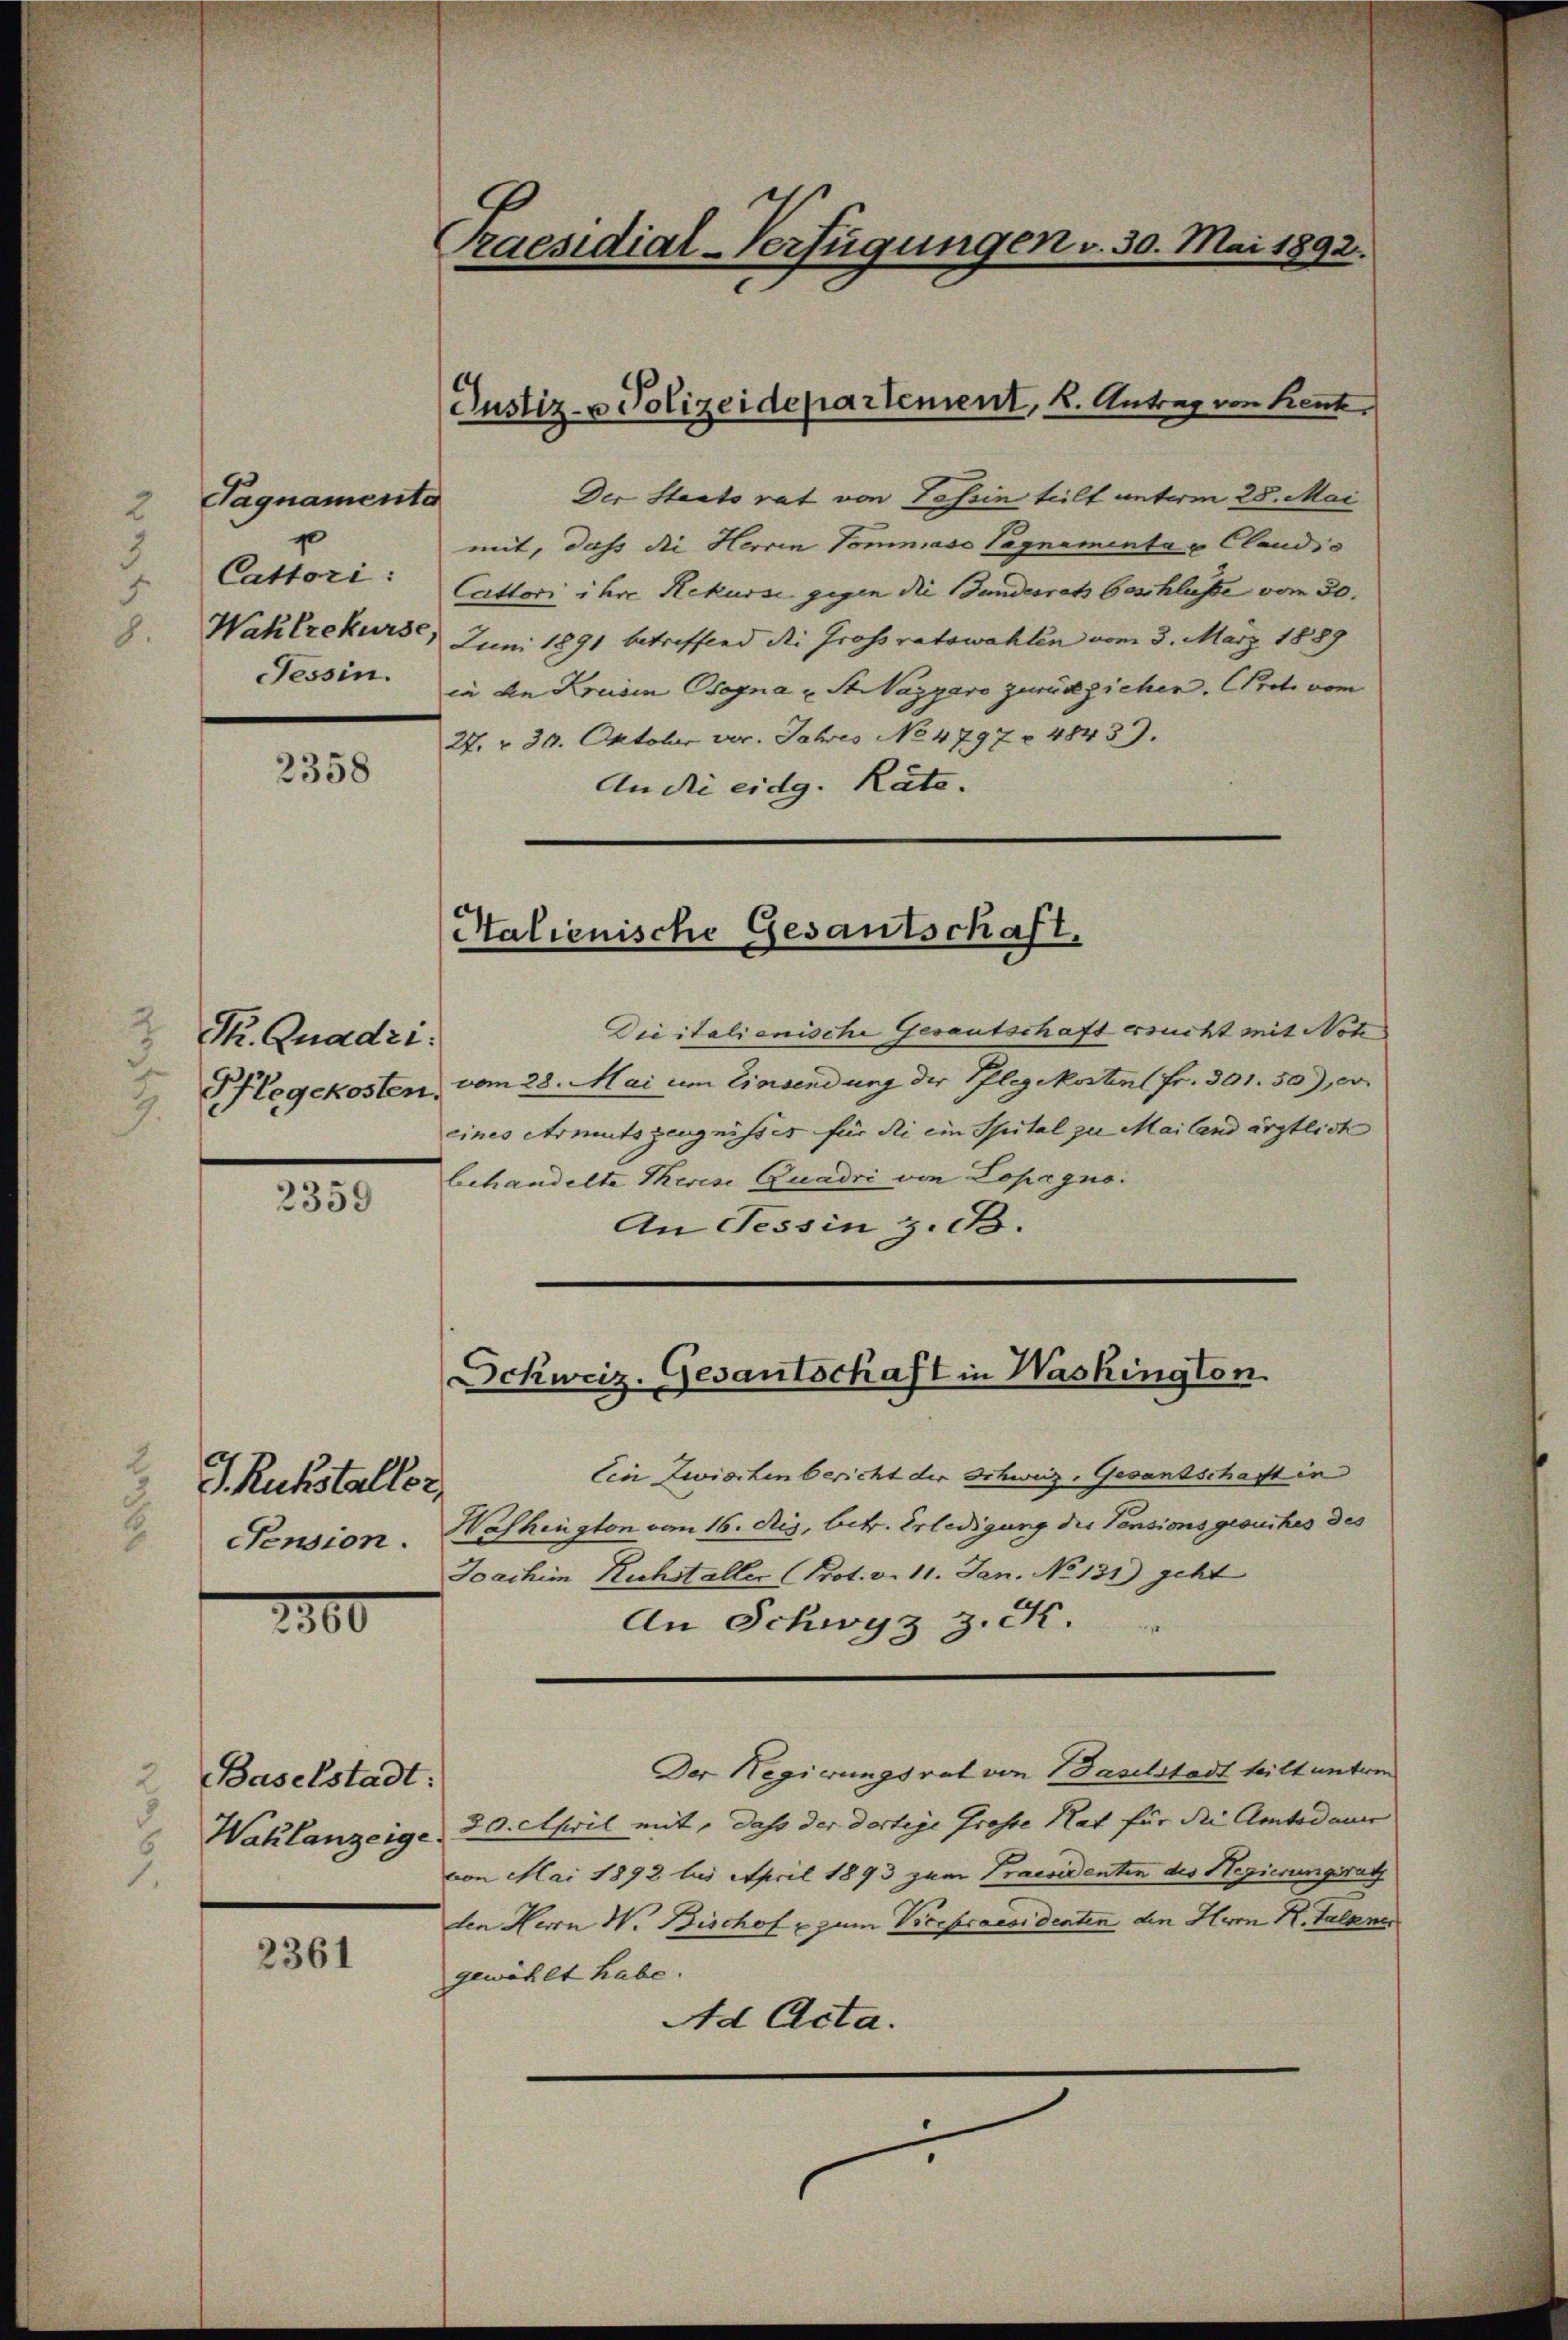
Tagnamenta
2
g
Cattori :
.
Tessin.

2358

P. Quadri.
2
J
.

2359

J. Ruhstaller,
Pension.

2300

Baselstadt:
2
d

2361

Praesidial-Verfügungen v. 30. Mai 1892.

Der Staatsrat von Tessin teilt unterm 28. Mai
mit, daß die Herren Tommaso Pagnamentax Claudis
Cattori ihre Rekurse gegen die Bundesrats beschlusse vom 30.
Wahlrekurse, Juni 1891 betreffend die Grossratswahlen vom 3. März 1889
in den Kreisen Begna u. St Vagyaro zurückziehen. Erst vom
27. v. 30. Oktober vor. Jahres No 4797. 48439.
An die eidg. Räte.

Justiz- & Polizeidepartement, u. Antrag von Kent,

Stalienische Gesantschaft.

Die italienische Gesautschaft ersucht mit Note
Pflegekosten, vom 28. Mai um Einsendung der Pflegekostent fr. 301. 50), er
eines Armutszeugnisses für die ein Spital zu Mailand ärztlich
behandelte Therese Quadri von Lopagno
An Tessin z. B.

Schweiz. Gesantschaft in Washington

Ein Zwischen bericht der Schweiz. Gesantschaft in
Washington vom 16. Ris, betr. Erledigung der Pensionsgesuches des
Joachim Buchstaller (Prot. v. 11. Jan. No 131) geht
An Schwyz z. C.
Der Regierungsrat von Baselstadt teilt unterm
Wahlanzeige, 20. April mit, daß der dortige Grosse Rat für die Amtsdauer
von Mai 1892 bus April 1893 zum Praesidenten des Hegierungsrath
den Herrn W. Bischof u zum Vicepraesidenten den Herrn K. Salame
gewählt habe.
Ad Acta.